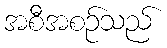
အစီအစဉ်သည်